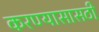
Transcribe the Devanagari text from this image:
करण्यासासठी